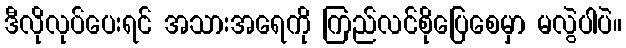
ဒီလိုလုပ်ပေးရင် အသားအရေကို ကြည်လင်စိုပြေစေမှာ မလွဲပါပဲ။